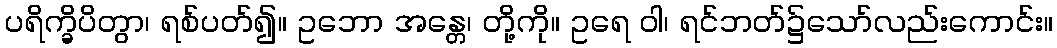
ပရိက္ခိပိတွာ၊ ရစ်ပတ်၍။ ဥဘော အန္တေ၊ တို့ကို။ ဥရေ ဝါ၊ ရင်ဘတ်၌သော်လည်းကောင်း။